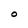
Character: O